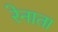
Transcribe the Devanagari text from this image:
रेनाता